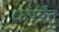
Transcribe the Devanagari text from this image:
८६पर्यंत